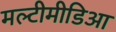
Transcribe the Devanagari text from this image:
मल्टीमीडिआ